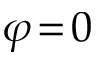
\varphi \! = \! 0